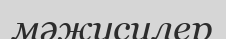
мәжусилер